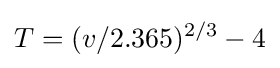
T=(v/2.365)^{2/3}-4